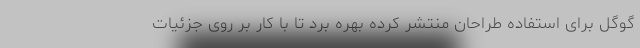
گوگل برای استفاده طراحان منتشر کرده بهره برد تا با کار بر روی جزئیات